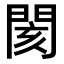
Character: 閡